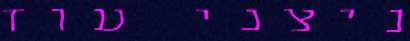
ניצני עוז